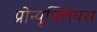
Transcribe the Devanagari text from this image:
प्रोन्यूक्लियस